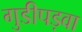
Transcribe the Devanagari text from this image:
गुडीपड़वा